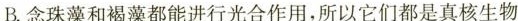
B.念珠藻和褐藻都能进行光合作用，所以它们都是真核生物